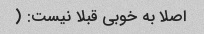
اصلا به خوبی قبلا نیست: (